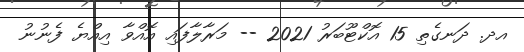
އދ. ދަނގެތި 15 އޮކްޓޫބަރު 2021 -- މަރާލާފައި އޮއްވާ އިއްޔެ ފެނުނު